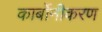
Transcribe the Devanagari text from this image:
कार्बोनीकरण